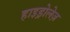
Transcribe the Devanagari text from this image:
हाइड्रोलेज़